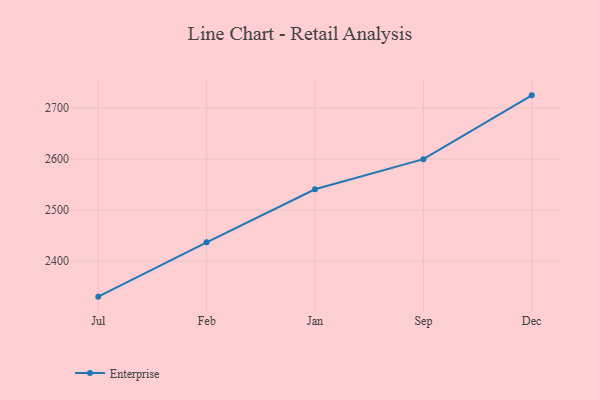
{"axis": {"x": "Month", "y": "Tickets Resolved"}, "legend": ["Enterprise"], "data": [{"x": "Jul", "y": 2330.5, "type": "Enterprise"}, {"x": "Feb", "y": 2436.9, "type": "Enterprise"}, {"x": "Jan", "y": 2540.8, "type": "Enterprise"}, {"x": "Sep", "y": 2599.8, "type": "Enterprise"}, {"x": "Dec", "y": 2724.8, "type": "Enterprise"}]}